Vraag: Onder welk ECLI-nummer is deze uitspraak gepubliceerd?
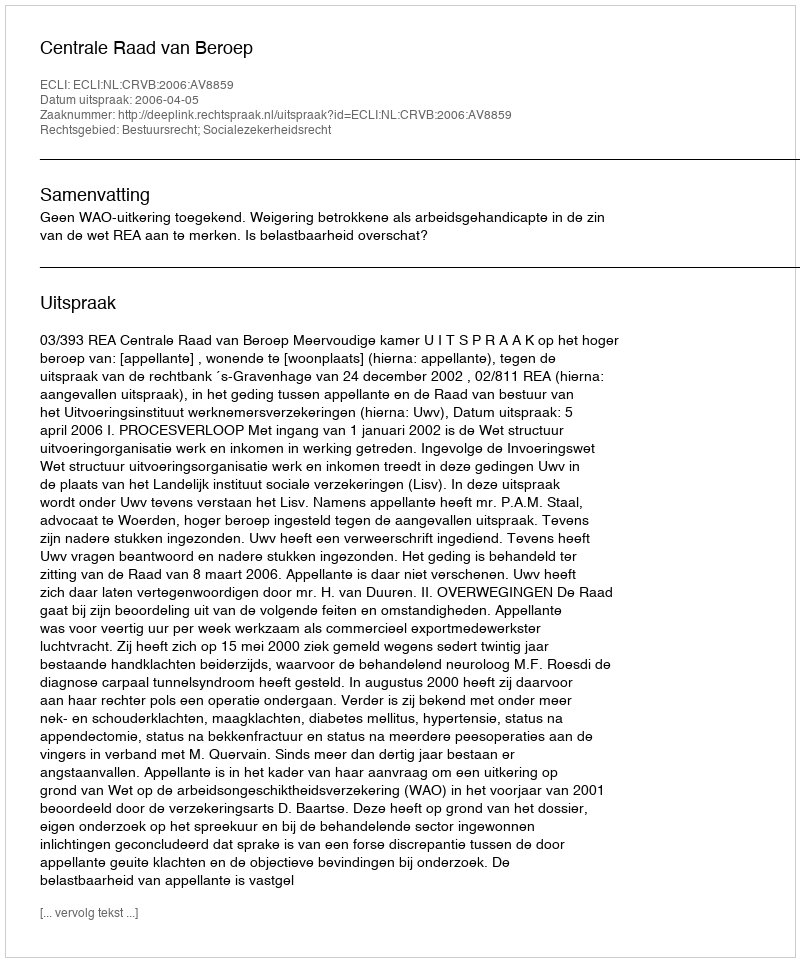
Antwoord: ECLI:NL:CRVB:2006:AV8859